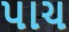
પાચ